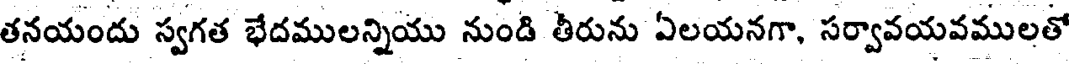
తనయందు స్వగత భేదములన్నియు నుండి తీరును ఏలయనగా, సర్వావయవములతో